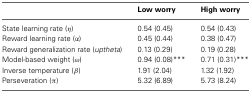
|  | Low worry | High worry |
 | --- | --- | --- |
 | State learning rate (η) | 0.54 (0.45) | 0.54 (0.43) |
 | Reward learning rate (α) | 0.45 (0.44) | 0.38 (0.47) |
 | Reward generalization rate (uptheta) | 0.13 (0.29) | 0.19 (0.28) |
 | Model-based weight (ω) | 0.94 (0.08)*** | 0.71 (0.31)*** |
 | Inverse temperature (β) | 1.91 (2.04) | 1.32 (1.92) |
 | Perseveration (π) | 5.32 (6.89) | 5.73 (8.24) |